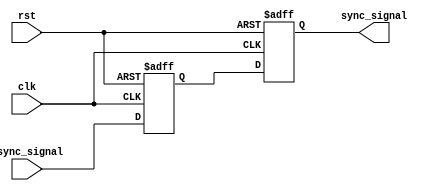
module dual_flip_flop_synchronizer (
    input wire async_signal,  // Asynchronous input signal
    input wire clk,           // Clock signal of the target clock domain
    input wire rst,           // Optional asynchronous reset
    output reg sync_signal     // Synchronized output signal
);

    // Intermediate signal to hold the output of the first flip-flop
    reg sync_signal1;

    // First flip-flop (FF1)
    always @(posedge clk or posedge rst) begin
        if (rst) begin
            sync_signal1 <= 1'b0; // Reset state
        end else begin
            sync_signal1 <= async_signal; // Capture async signal
        end
    end

    // Second flip-flop (FF2)
    always @(posedge clk or posedge rst) begin
        if (rst) begin
            sync_signal <= 1'b0; // Reset state
        end else begin
            sync_signal <= sync_signal1; // Capture output of FF1
        end
    end

endmodule